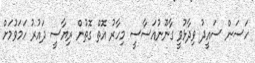
ހަސަން ސައީދު ވިދާޅުވީ ގާނޫނުއަސާސީ މިހާރު އޮތް ގޮތުން ރިޔާސީ ދައުރު ހަމަވުމަށް